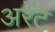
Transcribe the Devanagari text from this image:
अरेंटे